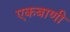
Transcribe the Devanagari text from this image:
एकबाणी